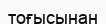
тоғысынан